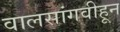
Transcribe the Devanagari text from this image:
वालसांगवीहून